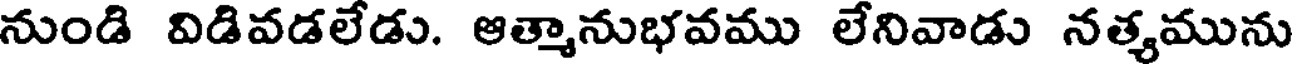
నుండి విడివడలేడు. ఆత్మానుభవము లేనివాడు నత్యమును